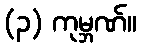
(၃) ကုမ္ဘဏ်။